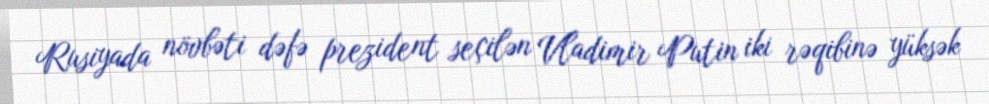
Rusiyada növbəti dəfə prezident seçilən Vladimir Putin iki rəqibinə yüksək